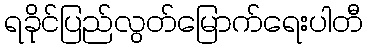
ရခိုင်ပြည်လွတ်မြောက်ရေးပါတီ